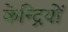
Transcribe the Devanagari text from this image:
केन्द्रियों